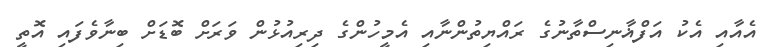
އެއާއި އެކު އަފްޣާނިސްތާނުގެ ރައްޔިތުންނާއި އެމީހުންގެ ދިރިއުޅުން ވަރަށް ބޮޑަށް ބިނާވެފައި އޮތީ